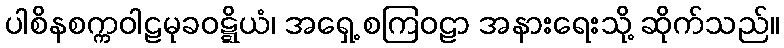
ပါစိနစက္ကဝါဠမုခဝဋ္ဋိယံ၊ အရှေ့ စကြဝဠာ အနားရေးသို့ ဆိုက်သည်။